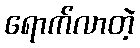
ရောက်လာတဲ့